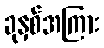
ခုနှစ်အကြား